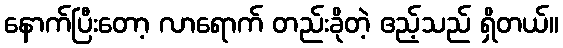
နောက်ပြီးတော့ လာရောက် တည်းခိုတဲ့ ဧည့်သည် ရှိတယ်။